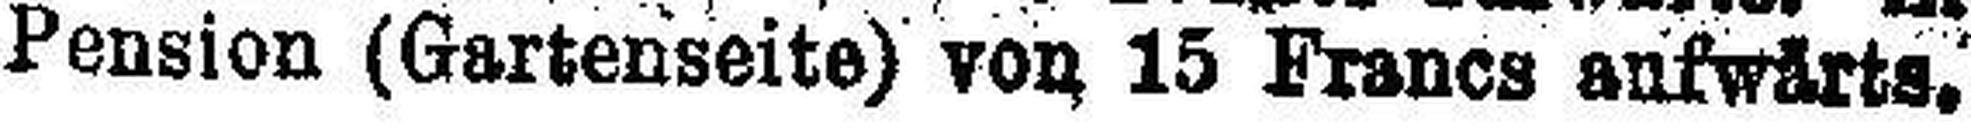
Pension (Gartenseite) von 15 Francs aufwärts.